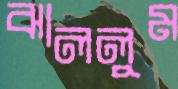
ঝাললুম